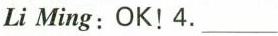
Li Ming:OK!4.___